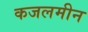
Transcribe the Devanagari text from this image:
कजलमीन